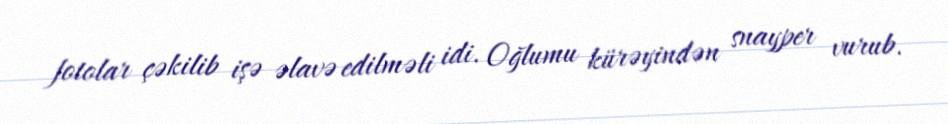
fotolar çəkilib işə əlavə edilməli idi. Oğlumu kürəyindən snayper vurub.